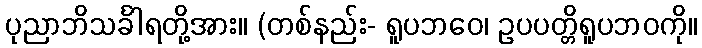
ပုညာဘိသင်္ခါရတို့အား။ (တစ်နည်း- ရူပဘဝေ၊ ဥပပတ္တိရူပဘဝကို။